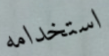
استخدامه